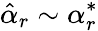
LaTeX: \hat{\alpha}_{r}\sim\alpha_{r}^{*}